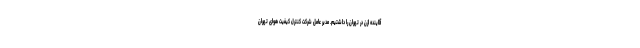
آلاینده ازن در تهران را داشتیم. مدیر عامل شرکت کنترل کیفیت هوای تهران